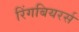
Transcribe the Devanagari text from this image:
रिंगबियरर्स